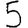
Digit: 5